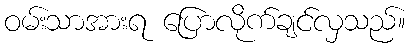
ဝမ်းသာအားရ ပြောလိုက်ချင်လှသည်။